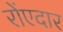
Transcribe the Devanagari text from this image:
रोंएदार